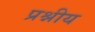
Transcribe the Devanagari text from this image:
प्रश्नीय